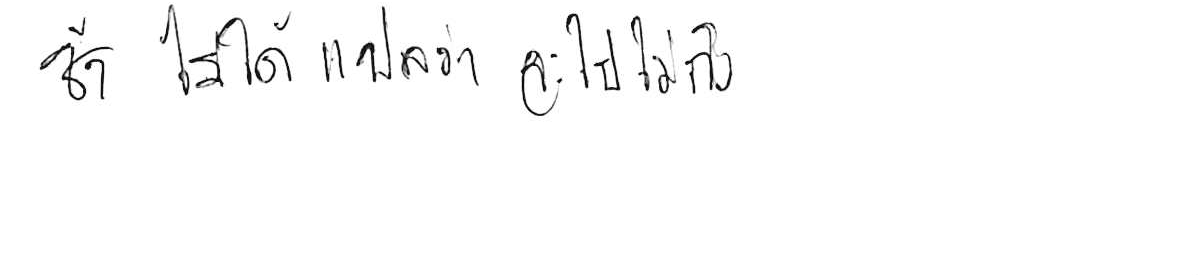
ช้า ไม่ได้แปลว่า จะไปไม่ถึง